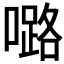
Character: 𡀔